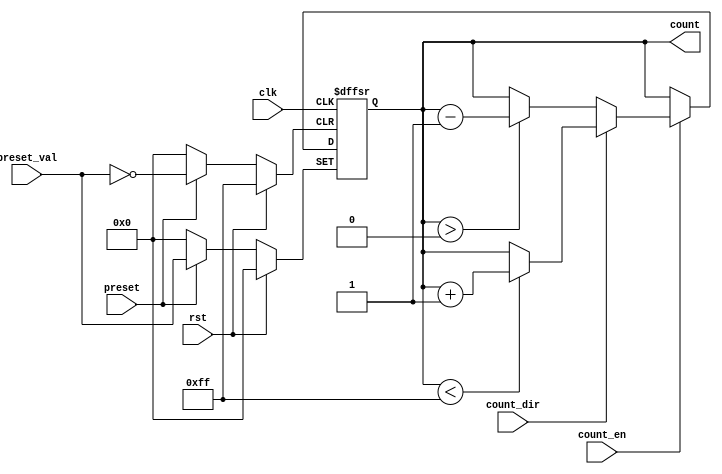
module presettable_counter (
    input wire clk,               // Clock signal
    input wire rst,               // Asynchronous reset
    input wire preset,            // Asynchronous preset signal
    input wire [7:0] preset_val,  // Preset value (8-bit wide)
    input wire count_en,          // Count enable signal
    input wire count_dir,         // Count direction (1 = up, 0 = down)
    output reg [7:0] count        // Current counter value (8-bit wide)
);

    // Define the maximum and minimum values for the counter
    parameter MAX_COUNT = 8'hFF;  // Maximum count value (255 for 8-bit)
    parameter MIN_COUNT = 8'h00;  // Minimum count value (0 for 8-bit)

    always @(posedge clk or posedge rst or posedge preset) begin
        if (rst) begin
            // Asynchronous reset
            count <= MIN_COUNT;  // Reset counter to zero
        end else if (preset) begin
            // Asynchronous preset
            count <= preset_val;  // Load preset value
        end else if (count_en) begin
            // Counting operation
            if (count_dir) begin
                // Count up
                if (count < MAX_COUNT) begin
                    count <= count + 1'b1;  // Increment count
                end
            end else begin
                // Count down
                if (count > MIN_COUNT) begin
                    count <= count - 1'b1;  // Decrement count
                end
            end
        end
    end

endmodule